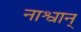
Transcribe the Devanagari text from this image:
नाश्वान्‌